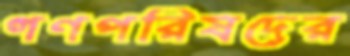
গণপরিষদের